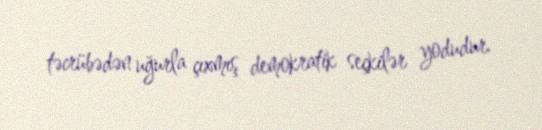
təcrübədən uğurla çıxmış demokratik seçkilər yodudur.